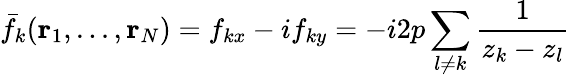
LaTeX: \bar{f}_{k}({\mathbf r}_{1},...,{\mathbf r}_{N})=f_{kx}-if_{ky}=-i2p\sum_{l\neq k}\frac{1}{z_{k}-z_{l}}